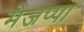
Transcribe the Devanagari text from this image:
मेजप्पा